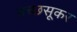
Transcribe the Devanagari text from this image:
तच्छसूकर